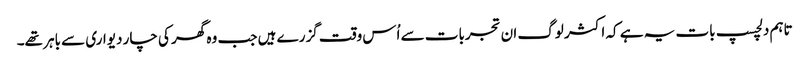
تاہم دلچسپ بات یہ ہے کہ اکثر لوگ ان تجربات سے اُس وقت گزرے ہیں جب وہ گھر کی چار دیواری سے باہر تھے۔